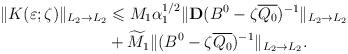
LaTeX: \begin{align*}\Vert K(\varepsilon ;\zeta )\Vert _{L_2\rightarrow L_2}&\leqslant M_1\alpha _1^{1/2}\Vert \mathbf{D}(B^0-\zeta \overline{Q_0})^{-1}\Vert _{L_2\rightarrow L_2}\\&+\widetilde{M}_1\Vert (B^0-\zeta \overline{Q_0})^{-1}\Vert _{L_2\rightarrow L_2}.\end{align*}